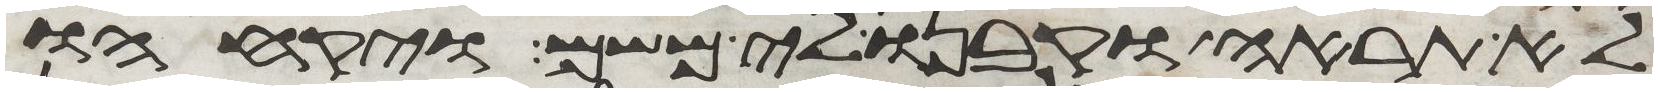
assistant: לא תראה וקבנו לי משם ויקחהו